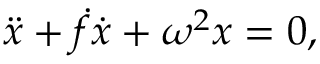
\begin{array} { r } { \ddot { x } + \dot { f } \dot { x } + \omega ^ { 2 } x = 0 , } \end{array}